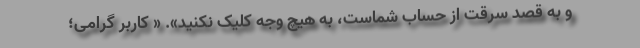
و به قصد سرقت از حساب شماست، به هیچ وجه کلیک نکنید». « کاربر گرامی؛